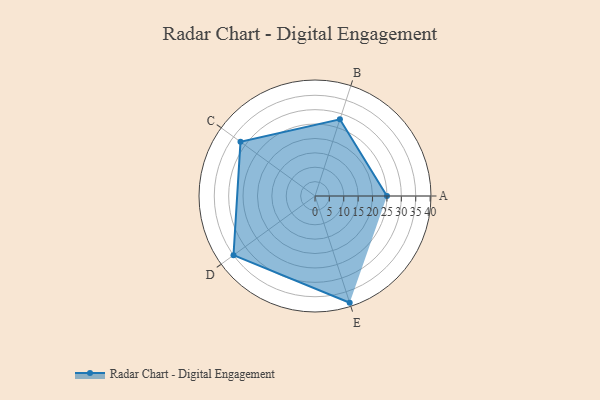
{"axis": {"x": "Skill", "y": "Score"}, "legend": ["Profile"], "data": [{"x": "A", "y": 25.0, "type": "Profile"}, {"x": "B", "y": 28.0, "type": "Profile"}, {"x": "C", "y": 32.0, "type": "Profile"}, {"x": "D", "y": 35.0, "type": "Profile"}, {"x": "E", "y": 39.0, "type": "Profile"}]}